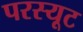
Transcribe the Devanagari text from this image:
परस्यूट